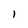
Character: l